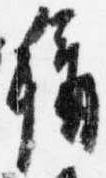
称